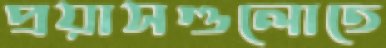
প্রয়াসগুলোতে